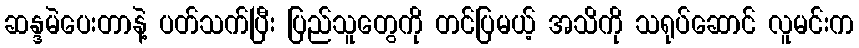
ဆန္ဒမဲပေးတာနဲ့ ပတ်သက်ပြီး ပြည်သူတွေကို တင်ပြမယ့် အသိကို သရုပ်ဆောင် လူမင်းက